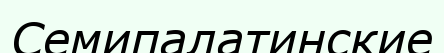
Семипалатинские